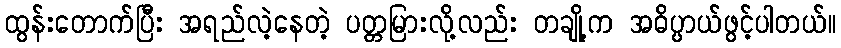
ထွန်းတောက်ပြီး အရည်လဲ့နေတဲ့ ပတ္တမြားလို့လည်း တချို့က အဓိပ္ပာယ်ဖွင့်ပါတယ်။